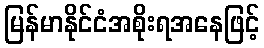
မြန်မာနိုင်ငံအစိုးရအနေဖြင့်